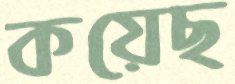
কয়েছ